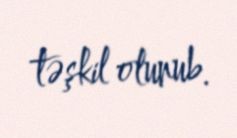
təşkil olunub.